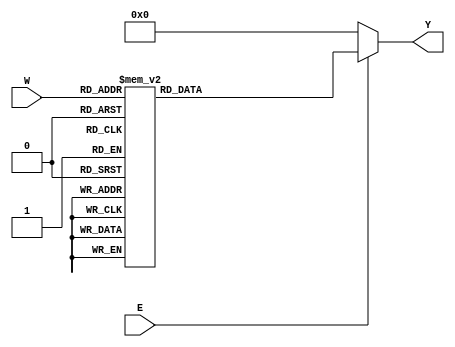
module dec3to8(E, W, Y);
		input E; // enable
		input [2:0] W;
		output [0:7] Y;
		reg [0:7] Y;
		
		always @(*)
			if (E == 0)
				Y = 8'b00000000;
			else
				case (W)
					3'b000: Y = 8'b10000000;
					3'b001: Y = 8'b01000000;
					3'b010: Y = 8'b00100000;
					3'b011: Y = 8'b00010000;
					3'b100: Y = 8'b00001000;
					3'b101: Y = 8'b00000100;
					3'b110: Y = 8'b00000010;
					3'b111: Y = 8'b00000001;
				endcase
endmodule